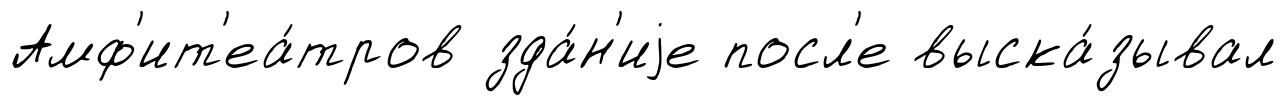
Амф'ит'еа́тров зда́н'иjе посл'е выска́зывал